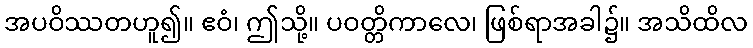
အပဝိဿတဟူ၍။ ဧဝံ၊ ဤသို့။ ပဝတ္တိကာလေ၊ ဖြစ်ရာအခါ၌။ အသိထိလ